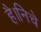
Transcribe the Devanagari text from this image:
है।निचे